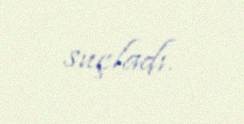
suçladı.